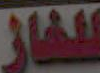
للغاز